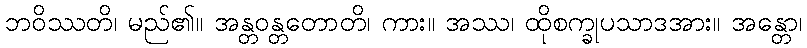
ဘဝိဿတိ၊ မည်၏။ အန္တဝန္တတောတိ၊ ကား။ အဿ၊ ထိုစက္ခုပသာဒအား။ အန္တော၊